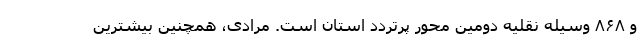
و ۸۶۸ وسیله نقلیه دومین محور پرتردد استان است. مرادی، همچنین بیشترین